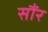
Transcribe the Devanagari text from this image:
सौंर